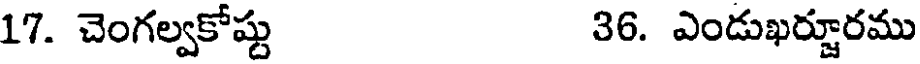
17. చెంగల్వకోష్టు 36. ఎండుఖర్జూరము